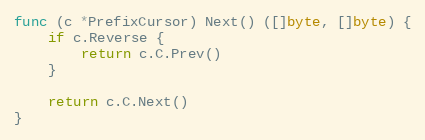
Language: Go
func (c *PrefixCursor) Next() ([]byte, []byte) {
	if c.Reverse {
		return c.C.Prev()
	}

	return c.C.Next()
}